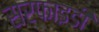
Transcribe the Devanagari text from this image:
सरफाइडी